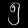
Digit: ၅